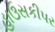
હાઉસકીપર